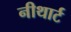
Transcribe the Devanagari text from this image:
नीथार्ट